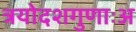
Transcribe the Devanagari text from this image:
त्रयोदशगुणाःअ